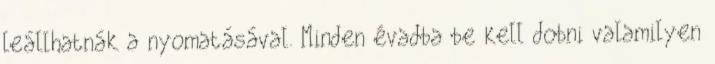
leállhatnák a nyomatásával. Minden évadba be kell dobni valamilyen